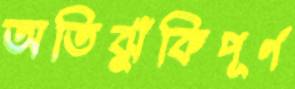
অতিঝুঁকিপূর্ণ